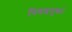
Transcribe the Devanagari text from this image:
निवडनुकां